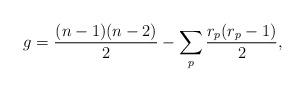
LaTeX: \begin{align*}g = \frac {(n-1)(n-2)}{2} - \sum_p \frac {r_p(r_p-1)}{2}, \end{align*}